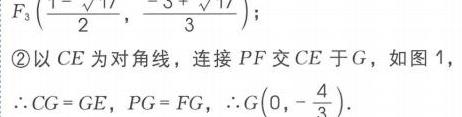
$F_3\left(\frac{1 - \sqrt{17}}{2},\frac{-5 + \sqrt{17}}{3}\right)$;
\textcircled{2}以$CE$为对角线，连接$PF$交$CE$于$G$，如图1，
$\therefore CG = GE,\ PG = FG,\ \therefore G\left(0,-\frac{4}{3}\right)$.